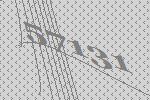
57131